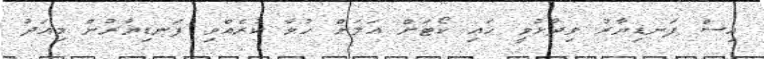
އިސް ފަނޑިޔާރު ވިދާޅުވީ ހައި ކޯޓަށް އަލަށް ހުވާ ކުރެއްވި ފަނޑިޔާރުން މިއަދު